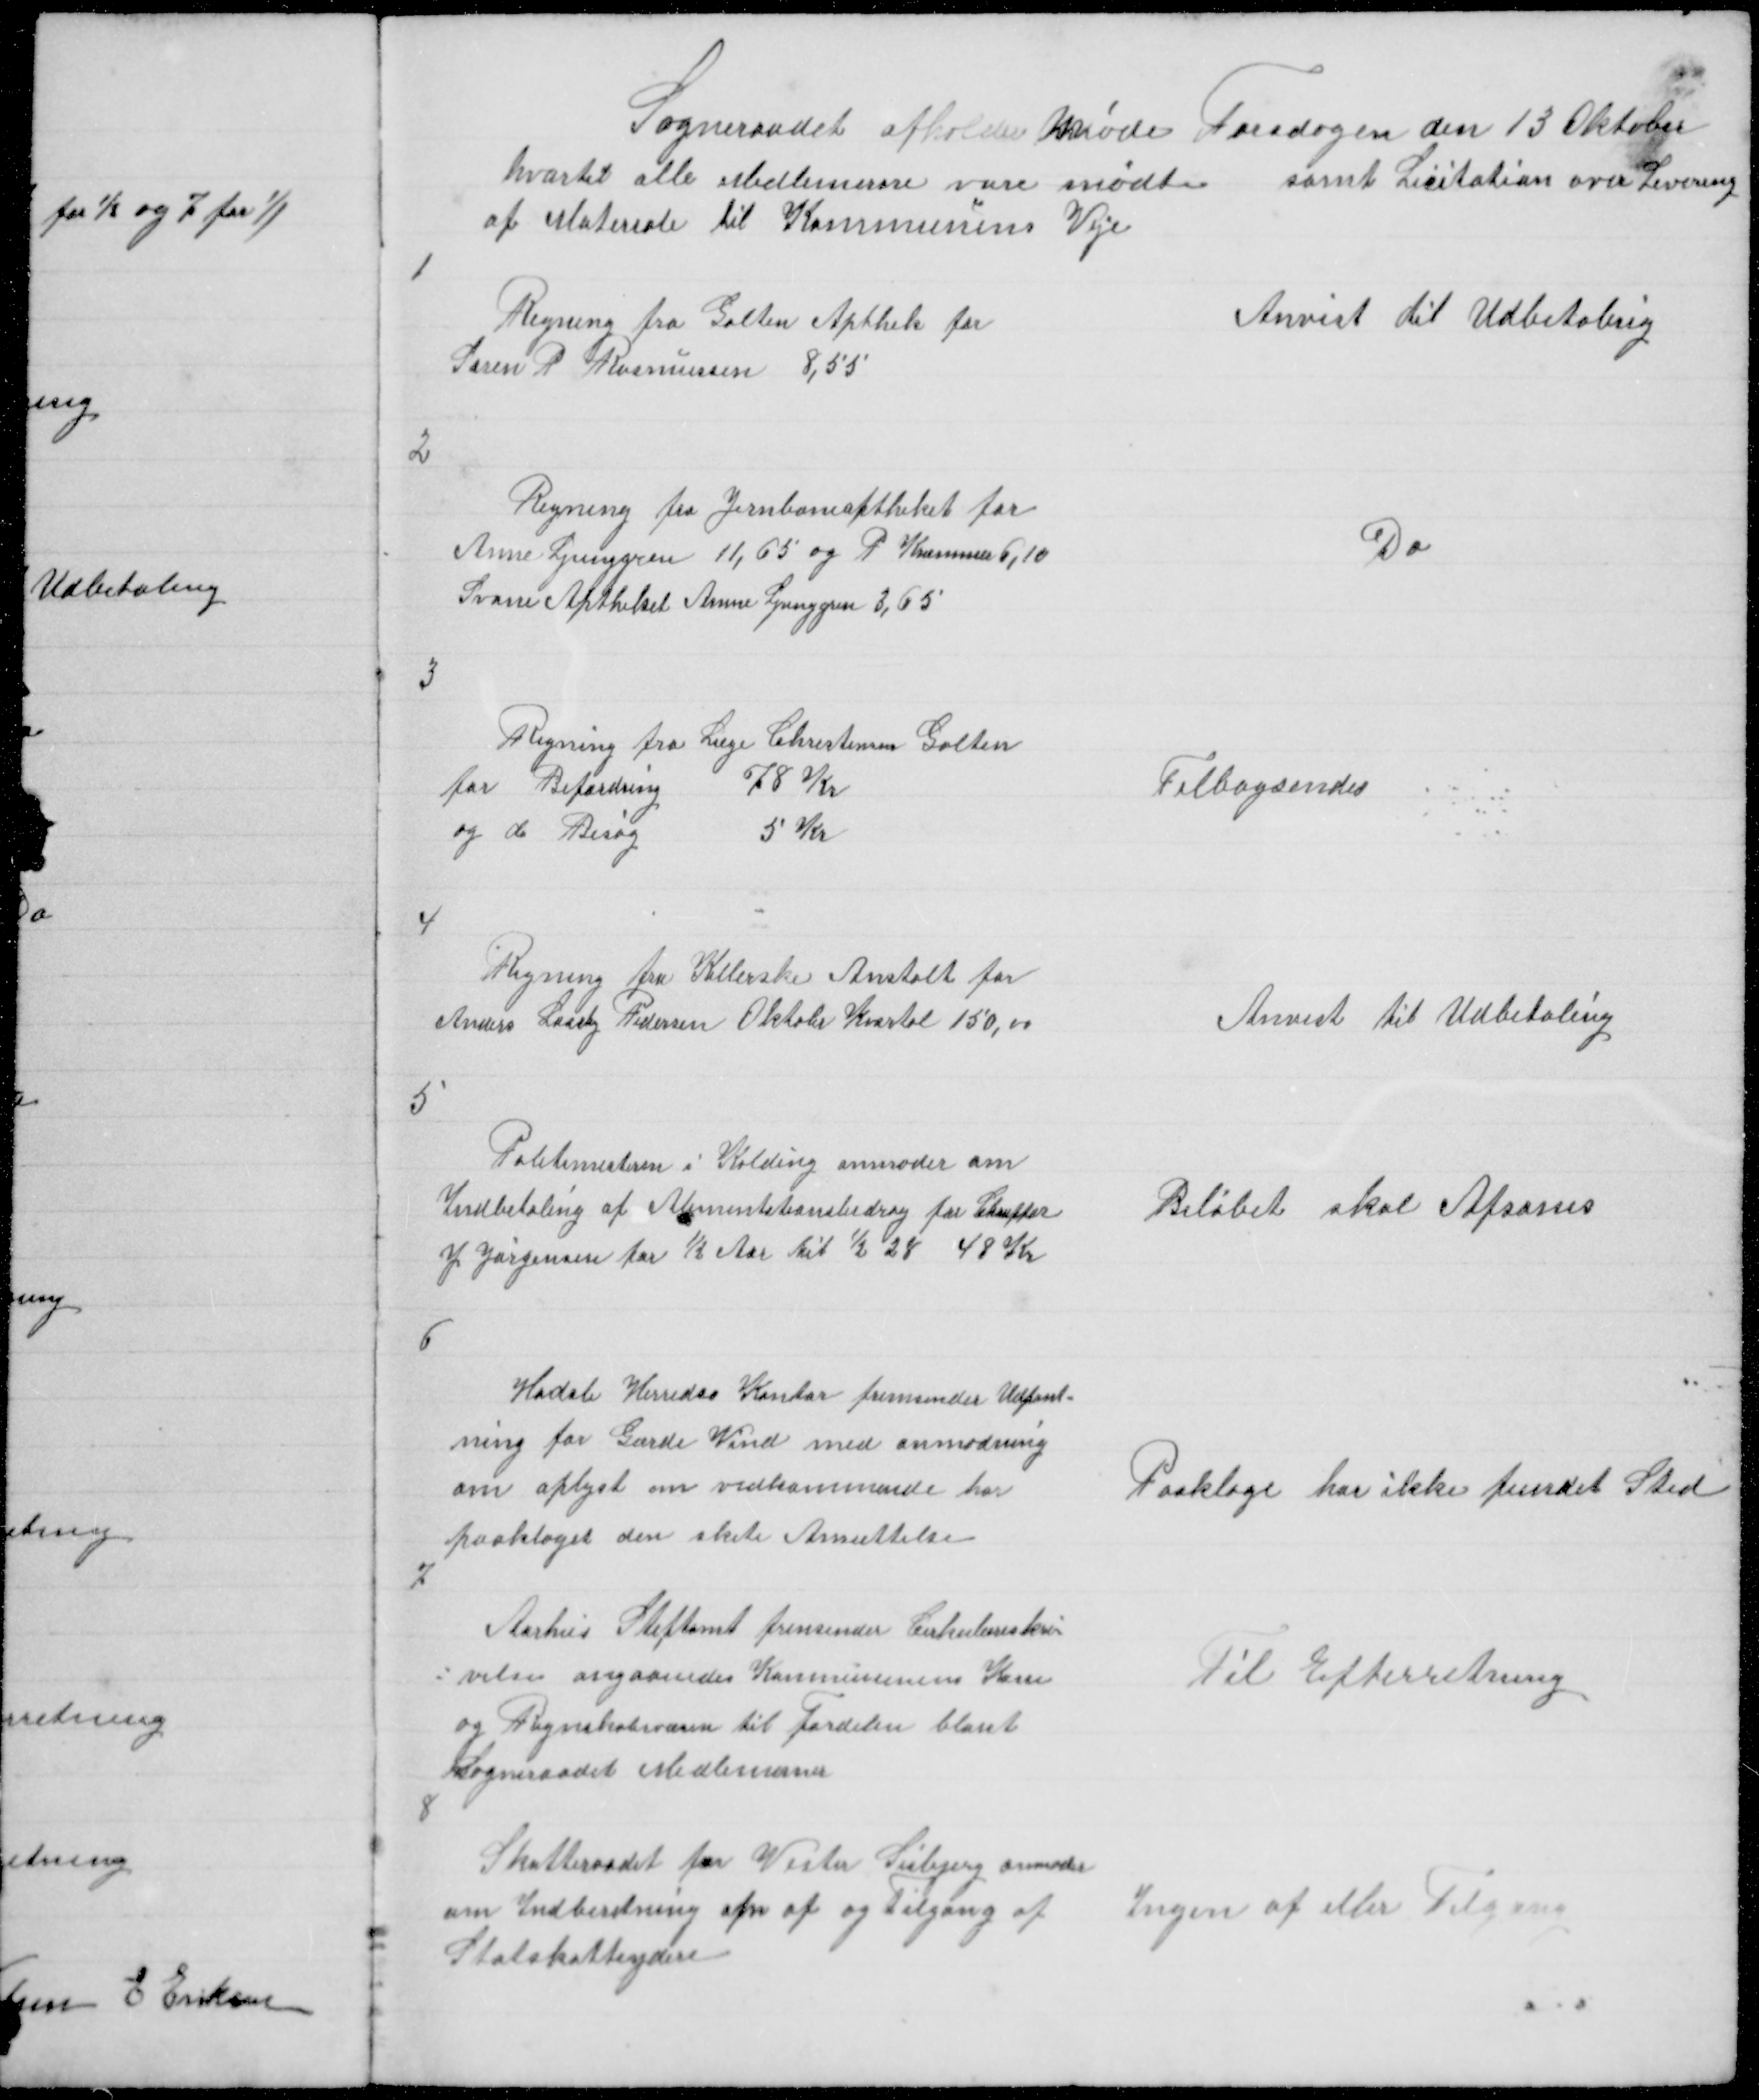
Transskription:
Sogneraadet afholder Møde Torsdagen den 13 Oktober
hvortil alle Medlemerne vare mødte samt Licitation over Levering
af Materiale til Kommunens Veje

1

Regning fra Galten Apthek for
Søren R Rasmussen 8,55

Anvist til Udbetaling

2

Regning fra Jernbaneaptheket for
Anne Ljunggren 11,65 P Kræmmer 6,10
Svane Aptheket Anne Ljunggren 3,65

Do

3

Regning fra Læge Christensen Galten
for Befordring
78 Kr
og do Besøg
5 Kr

Tilbagsendes

4

Regning fra Kellerske Anstalt for
Anders Laasby Pedersen Oktober Kvartal 150,00

Anvist til Udbetaling

5

Politimesteren i Kolding anmoder om
Indbetaling af Alimentationsbidrag for Chauffør
J Jørgensen for ½ Aar til 1/2 28 48 Kr

Beløbet skal Afsones

6

Hadsle Herreds Kontor fremsender Udpant =
ning for Gærde Vind med anmodning
om oplyst om vedkommende har
paaklaget den skete Ansættelse

Paaklage har ikke fundet Sted

7

Aarhus Stiftamt fremsender Cirkulæreskri =
= velse angaaendes Kommunens Kasse
og Regnskabsvæsen til Fordelin blant
Sogneraadet Medlemmer
8

Til Efterretning

Skatteraadet for Vester Lisbjerg anmoder
om Indberetning om af og Tilgang af
Statsskatteydere

Ingen af eller Tilgang